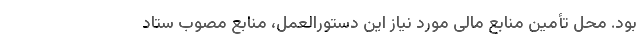
بود. محل تأمین منابع مالی مورد نیاز این دستورالعمل، منابع مصوب ستاد